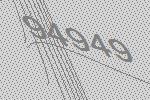
94949